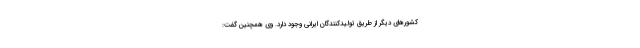
کشورهای دیگر از طریق تولیدکنندگان ایرانی وجود دارد. وی همچنین گفت: